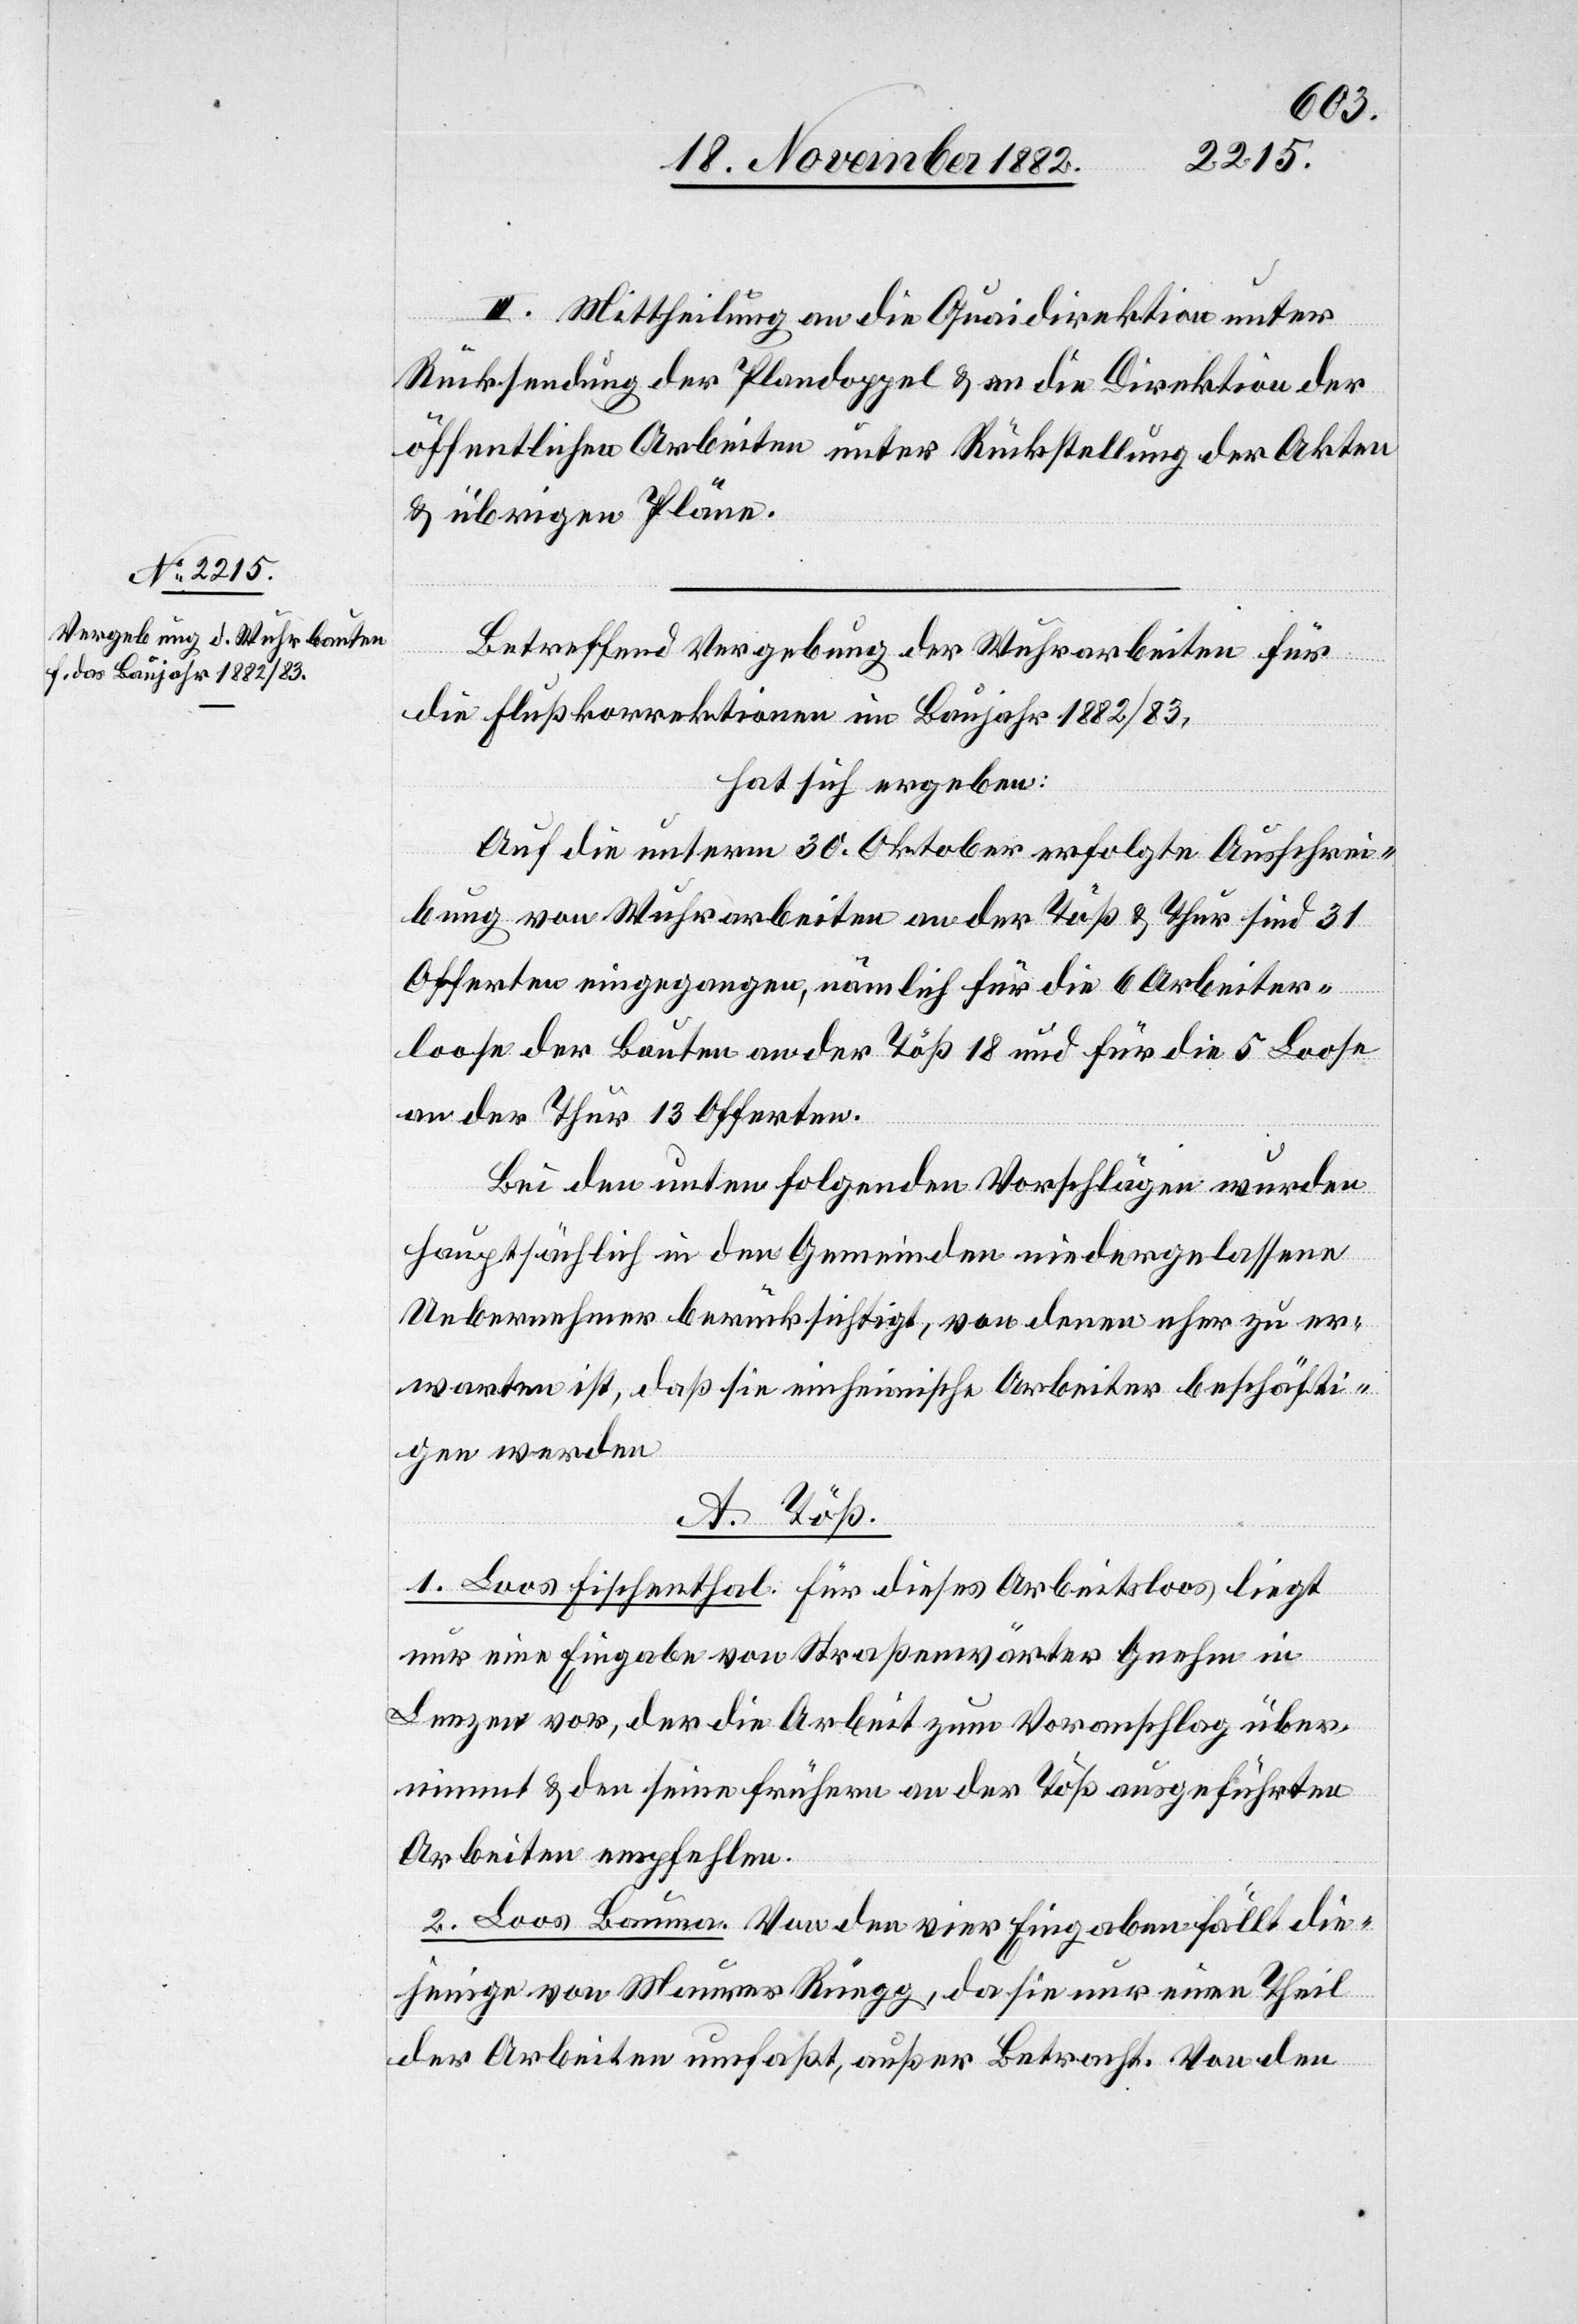
III. Mittheilung an die Quaidirektion unter
Rücksendung der Plandoppel & an die Direktion der
öffentlichen Arbeiten unter Rückstellung der Akten
& übrigen Pläne.
Betreffend Vergebung der Wuhrarbeiten für
die Flußkorrektionen im Baujahr 1882/83,
hat sich ergeben:
Auf die unterm 30. Oktober erfolgte Ausschrei¬
bung von Wuhrarbeiten an der Töß & Thur sind 31
Offerten eingegangen, nämlich für die 6 Arbeiter¬
loose der Bauten an der Töß 18 und für die 5 Loose
an der Thur 13 Offerten.
Bei den unten folgenden Vorschlägen wurden
hauptsächlich in den Gemeinden niedergelassene
Uebernehmer berücksichtigt, von denen eher zu er¬
warten ist, daß sie einheimische Arbeiter beschäfti¬
gen werden.
A. Töß.
1. Loos Fischenthal. Für dieses Arbeitsloos liegt
nur eine Eingabe von Straßenwärter Gnehm in
Lenzen vor, der die Arbeit zum Voranschlag über¬
nimmt & den seine frühern an der Töß ausgeführten
Arbeiten empfehlen.
2. Loos Bauma. Von den vier Eingaben fällt die¬
jenige von Maurer Rüegg, da sie nur einen Theil
der Arbeiten umfaßt, außer Betracht. Von den